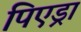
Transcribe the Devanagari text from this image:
पिएड्रा